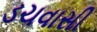
ડચવાસી